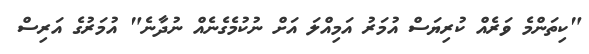
"ކިތަންމެ ވަރެއް ކުރިޔަސް އުމަރު އަމިއްލަ އަށް ނުކުމެގެނެއް ނުދާނެ" އުމަރުގެ އަރިސް